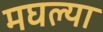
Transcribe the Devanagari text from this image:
मघल्या